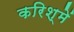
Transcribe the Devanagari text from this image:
करिश्में